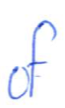
Text: of
Cross-out: clean
Writing tool: ballpoint